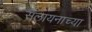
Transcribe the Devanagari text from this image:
सलायनाच्या